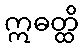
ဣဓတ္ထိ